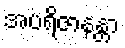
အပရိဇာနန္တာ